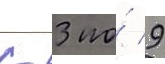
с 3 по́ 9